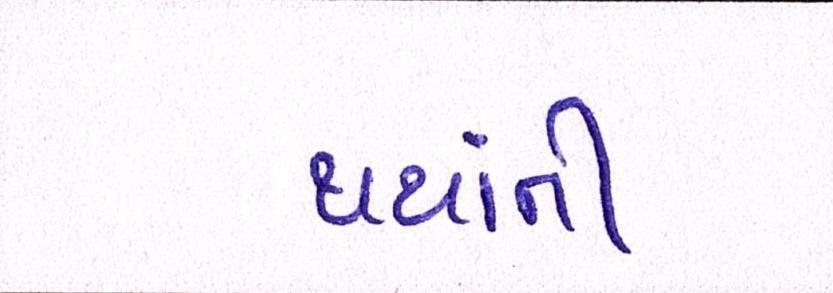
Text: થયાંની